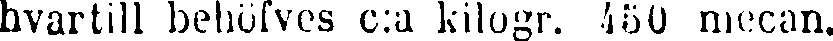
hvartill behöfves c:a kilogr. 450 mecan.